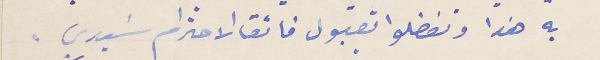
به هذا وتفضلوا بقبول فائق الاحترام سَيدي .